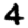
Digit: 4